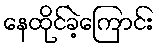
နေထိုင်ခဲ့ကြောင်း